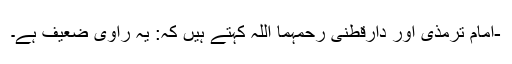
-امام ترمذی اور دارقطنی رحمہما اللہ کہتے ہیں کہ: یہ راوی ضعیف ہے۔